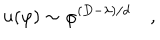
u ( \varphi ) \sim \varphi ^ { ( D - \lambda ) / d } \quad ,